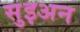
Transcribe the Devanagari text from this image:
सुइअन